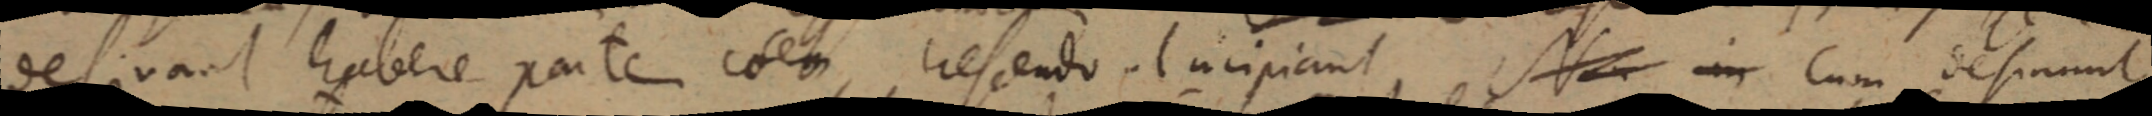
desirant habere partem eten, trescendo incipiant, Na in cum desmunt